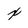
Character: x